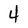
Character: 4